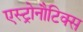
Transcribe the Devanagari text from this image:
एस्ट्रोनौटिक्स